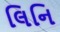
લિનિ